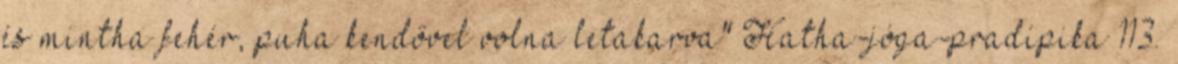
és mintha fehér, puha kendővel volna letakarva" Hatha-jóga-pradípika 113.